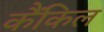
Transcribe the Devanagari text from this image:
कैंकिल